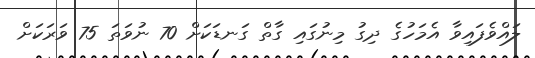
ލައްވެފައިވާ އެމަހުގެ ދިގު މިނުގައި ގާތް ގަނޑަކަށް 70 ނުވަތަ 75 ވަރަކަށް